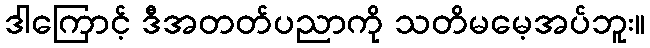
ဒါကြောင့် ဒီအတတ်ပညာကို သတိမမေ့အပ်ဘူး။